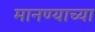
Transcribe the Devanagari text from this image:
मानण्याच्या